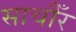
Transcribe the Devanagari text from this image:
साचौँर